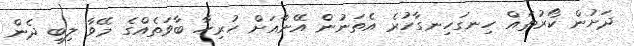
ދަށުން ކޯރުތައް ހިނގަހިނގާހުރެ އެތަނުން އޭނާއަށް ހުރިހާ ބާވަތެއްގެ މޭވާ ލިބި ދެން